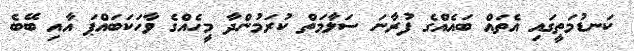
ކަނޑުމަތީގައި އެތައް ބައެއްގެ ފުރާނަ ސަލާމަތް ކުރަމުންދާ މީހެއްގެ ވާހަކަބައްޕަ އާއި ބޭބެ